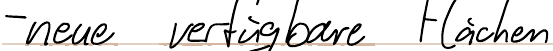
- neue verfügbare Flächen